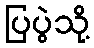
ပြပွဲသို့